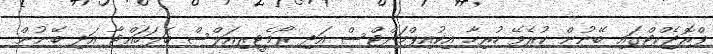
ޕްރޮޖެކްޓްގައި ބޭނުން ކުރެވޭ ހުރިހާ އިކުއިޕްމަންޓްސް އަދި ރޯމެޓީރިއަލްސް ބަލަހައްޓާ އަދި ބޭނުން